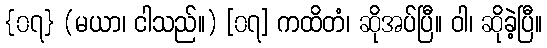
{၀၇} (မယာ၊ ငါသည်။) [၀၇] ကထိတံ၊ ဆိုအပ်ပြီ။ ဝါ၊ ဆိုခဲ့ပြီ။